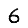
Digit: 6